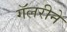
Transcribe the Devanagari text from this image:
गॅलरीने